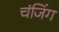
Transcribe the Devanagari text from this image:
चंजिंग